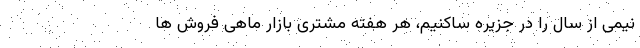
نیمی از سال را در جزیره ساکنیم، هر هفته مشتری بازار ماهی فروش ها